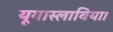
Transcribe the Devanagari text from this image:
यूगास्लाविया।